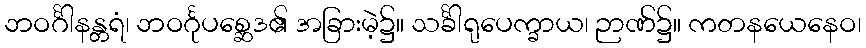
ဘဝင်္ဂါနန္တရံ၊ ဘဝင်္ဂုပစ္ဆေဒ၏ အခြားမဲ့၌။ သင်္ခါရုပေက္ခာယ၊ ဉာဏ်၌။ ကတနယေနေဝ၊